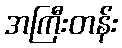
အကြီးတန်း